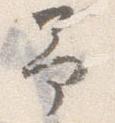
予